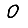
Digit: 0